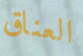
العناق